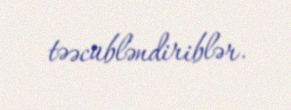
təəcübləndiriblər.